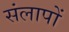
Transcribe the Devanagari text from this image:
संलापों